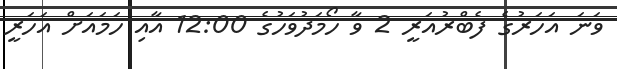
ވަނަ އަހަރުގެ ފެބްރުއަރީ 2 ވާ ހޯމަދުވަހުގެ 12:00 އާއި ހަމައަށް އަހަރީ